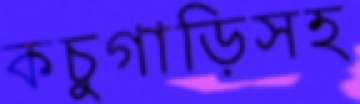
কচুগাড়িসহ